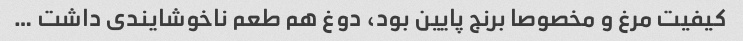
کیفیت مرغ و مخصوصا برنج پایین بود، دوغ هم طعم ناخوشایندی داشت …